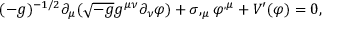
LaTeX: ( - g ) ^ { - 1 / 2 } \partial _ { \mu } ( \sqrt { - g } g ^ { \mu \nu } \partial _ { \nu } \varphi ) + \sigma , _ { \mu } \varphi ^ { , \mu } + V ^ { \prime } ( \varphi ) = 0 ,